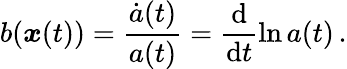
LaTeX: b(\boldsymbol{x}(t))=\frac{\dot{a}(t)}{a(t)}=\frac{\mathrm{d}}{\mathrm{d}t}\ln a(t)\, .